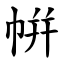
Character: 帲